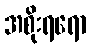
အစိုးရရော